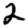
Digit: 2